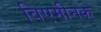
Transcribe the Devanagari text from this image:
विएमीनक